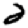
Digit: 2